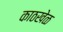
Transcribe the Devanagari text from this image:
काठखेळ